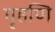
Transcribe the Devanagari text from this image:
गृहणि